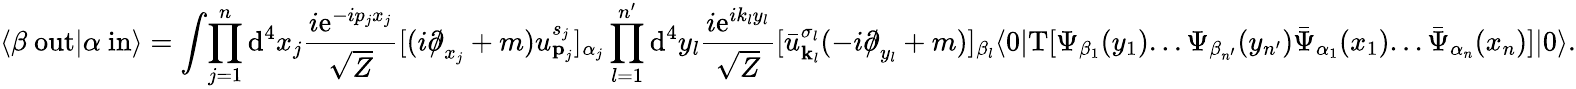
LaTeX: \langle\beta\ \mathrm{out}|\alpha\ \mathrm{in}\rangle=\int\! \prod_{j=1}^{n}\mathrm{d}^{4}x_{j}{\frac{i\mathrm{e}^{-ip_{j}x_{j}}}{\sqrt{Z}}}[(i{\partial\! \! \! /}_{x_{j}}+m)u_{{\textbf{p}}_{j}}^{s_{j}}]_{\alpha_{j}}\prod_{l=1}^{n^{\prime}}\mathrm{d}^{4}y_{l}{\frac{i\mathrm{e}^{ik_{l}y_{l}}}{\sqrt{Z}}}[{\bar{u}}_{{\textbf{k}}_{l}}^{\sigma_{l}}(-i{\partial\! \! \! /}_{y_{l}}+m)]_{\beta_{l}}\langle 0|\mathrm{T}[\Psi_{\beta_{1}}(y_{1})...\Psi_{\beta_{n^{\prime}}}(y_{n^{\prime}}){\bar{\Psi}}_{\alpha_{1}}(x_{1})...{\bar{\Psi}}_{\alpha_{n}}(x_{n})]|0\rangle.